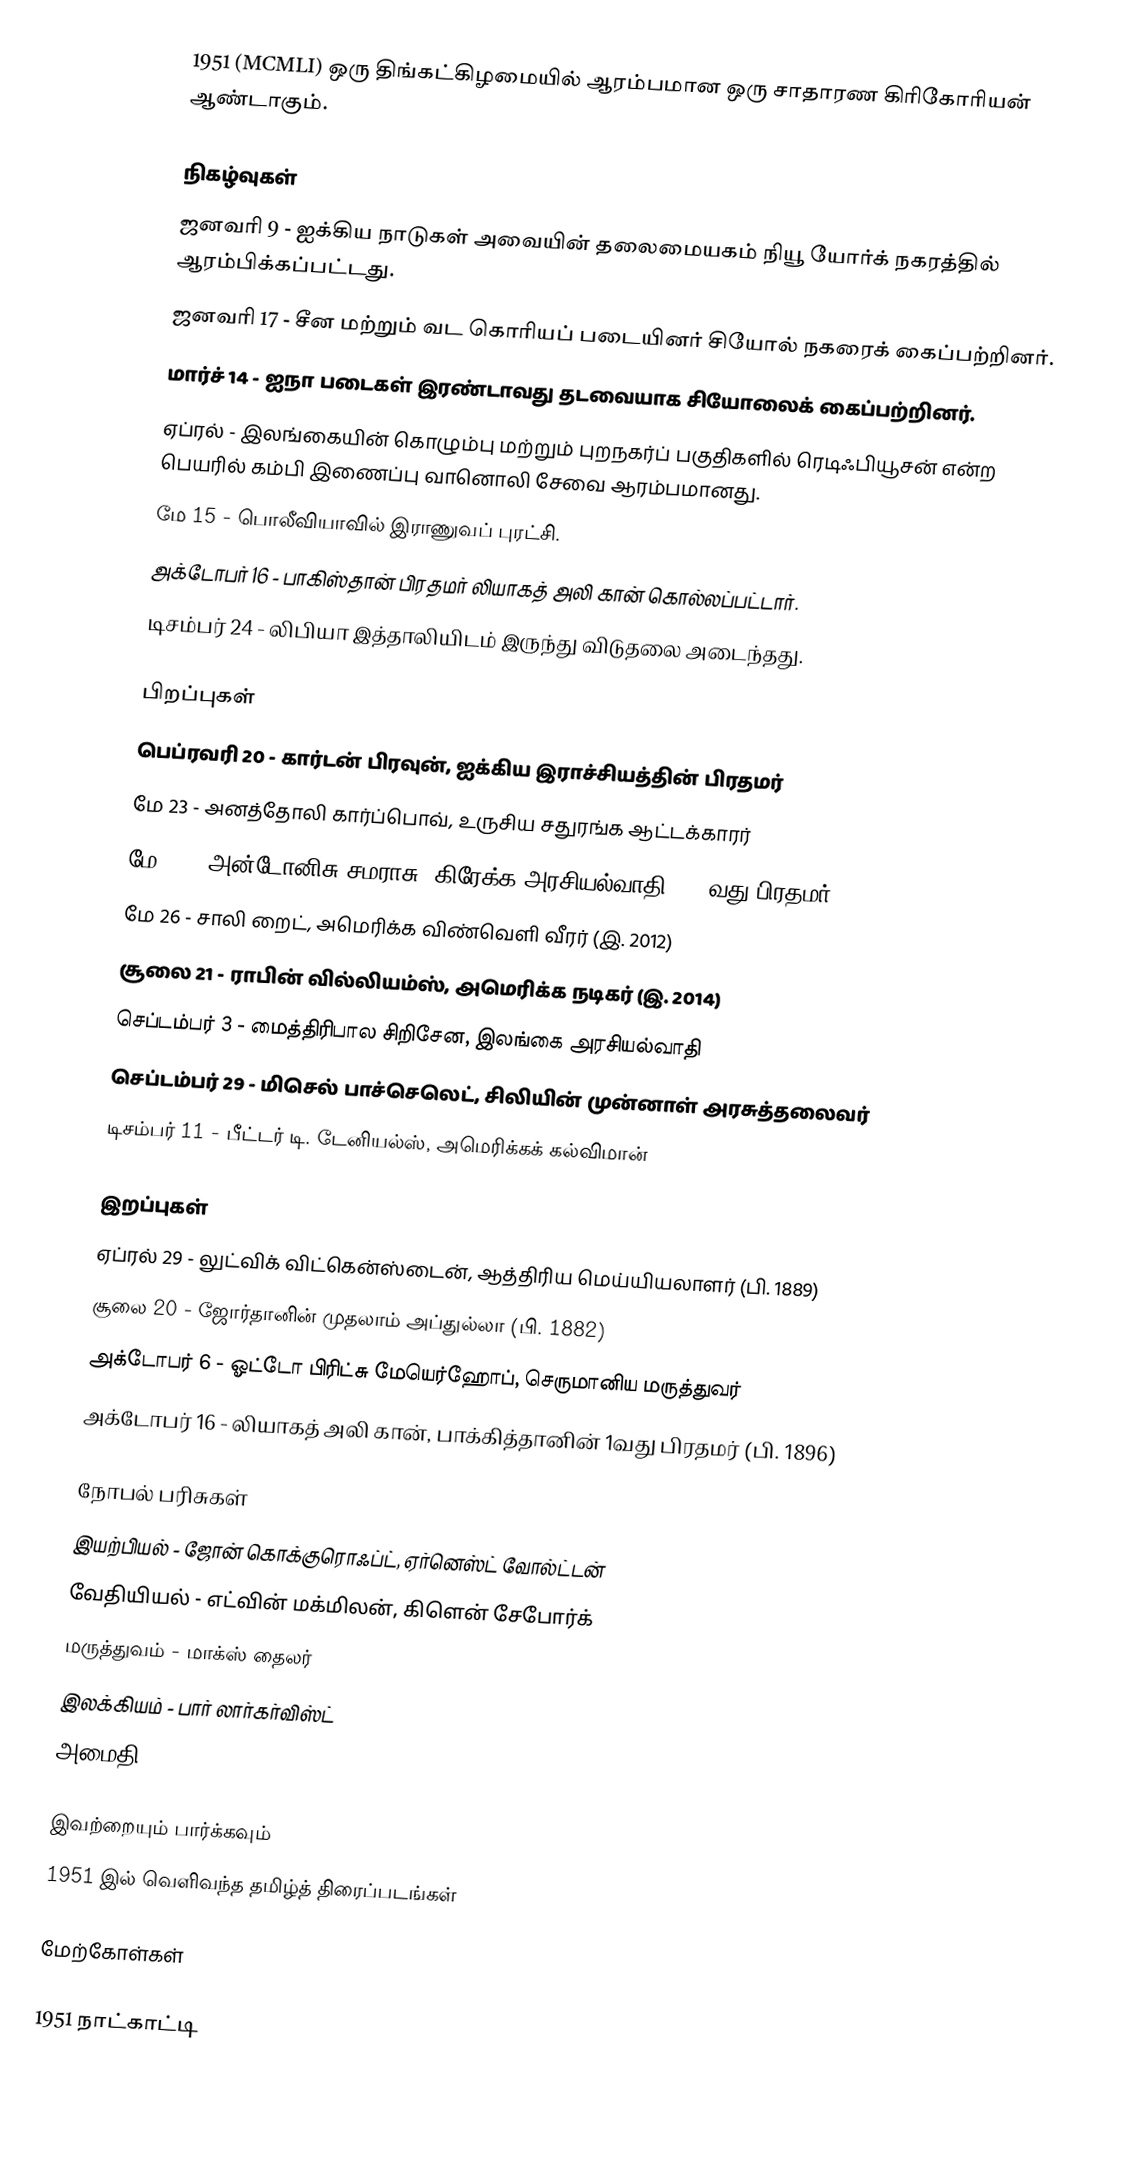
1951  (MCMLI) ஒரு திங்கட்கிழமையில் ஆரம்பமான ஒரு சாதாரண கிரிகோரியன் ஆண்டாகும்.

நிகழ்வுகள்
 ஜனவரி 9 - ஐக்கிய நாடுகள் அவையின் தலைமையகம் நியூ யோர்க் நகரத்தில் ஆரம்பிக்கப்பட்டது.
 ஜனவரி 17 - சீன மற்றும் வட கொரியப் படையினர் சியோல் நகரைக் கைப்பற்றினர்.
 மார்ச் 14 - ஐநா படைகள் இரண்டாவது தடவையாக சியோலைக் கைப்பற்றினர்.
 ஏப்ரல் - இலங்கையின் கொழும்பு மற்றும் புறநகர்ப் பகுதிகளில் ரெடிஃபியூசன் என்ற பெயரில் கம்பி இணைப்பு வானொலி சேவை ஆரம்பமானது.
 மே 15 - பொலீவியாவில் இராணுவப் புரட்சி.
 அக்டோபர் 16 - பாகிஸ்தான் பிரதமர் லியாகத் அலி கான் கொல்லப்பட்டார்.
 டிசம்பர் 24 - லிபியா இத்தாலியிடம் இருந்து விடுதலை அடைந்தது.

பிறப்புகள்
 பெப்ரவரி 20 - கார்டன் பிரவுன், ஐக்கிய இராச்சியத்தின் பிரதமர்
 மே 23 - அனத்தோலி கார்ப்பொவ், உருசிய சதுரங்க ஆட்டக்காரர்
 மே 23 - அன்டோனிசு சமராசு, கிரேக்க அரசியல்வாதி, 185வது பிரதமர்
 மே 26 - சாலி றைட், அமெரிக்க விண்வெளி வீரர் (இ. 2012)
 சூலை 21 - ராபின் வில்லியம்ஸ், அமெரிக்க நடிகர் (இ. 2014)
 செப்டம்பர் 3 - மைத்திரிபால சிறிசேன, இலங்கை அரசியல்வாதி
 செப்டம்பர் 29 - மிசெல் பாச்செலெட், சிலியின் முன்னாள் அரசுத்தலைவர்
 டிசம்பர் 11 - பீட்டர் டி. டேனியல்ஸ், அமெரிக்கக் கல்விமான்

இறப்புகள்
 ஏப்ரல் 29 - லுட்விக் விட்கென்ஸ்டைன், ஆத்திரிய மெய்யியலாளர் (பி. 1889)
 சூலை 20 - ஜோர்தானின் முதலாம் அப்துல்லா (பி. 1882)
 அக்டோபர் 6 - ஓட்டோ பிரிட்சு மேயெர்ஹோப், செருமானிய மருத்துவர்
 அக்டோபர் 16 - லியாகத் அலி கான், பாக்கித்தானின் 1வது பிரதமர் (பி. 1896)

நோபல் பரிசுகள்
 இயற்பியல் - ஜோன் கொக்குரொஃப்ட், ஏர்னெஸ்ட் வோல்ட்டன்
 வேதியியல் - எட்வின் மக்மிலன், கிளென் சேபோர்க்
 மருத்துவம் - மாக்ஸ் தைலர்
 இலக்கியம் - பார் லார்கர்விஸ்ட்
 அமைதி - Léon Jouhaux

இவற்றையும் பார்க்கவும்
 1951 இல் வெளிவந்த தமிழ்த் திரைப்படங்கள்

மேற்கோள்கள்

1951 நாட்காட்டி